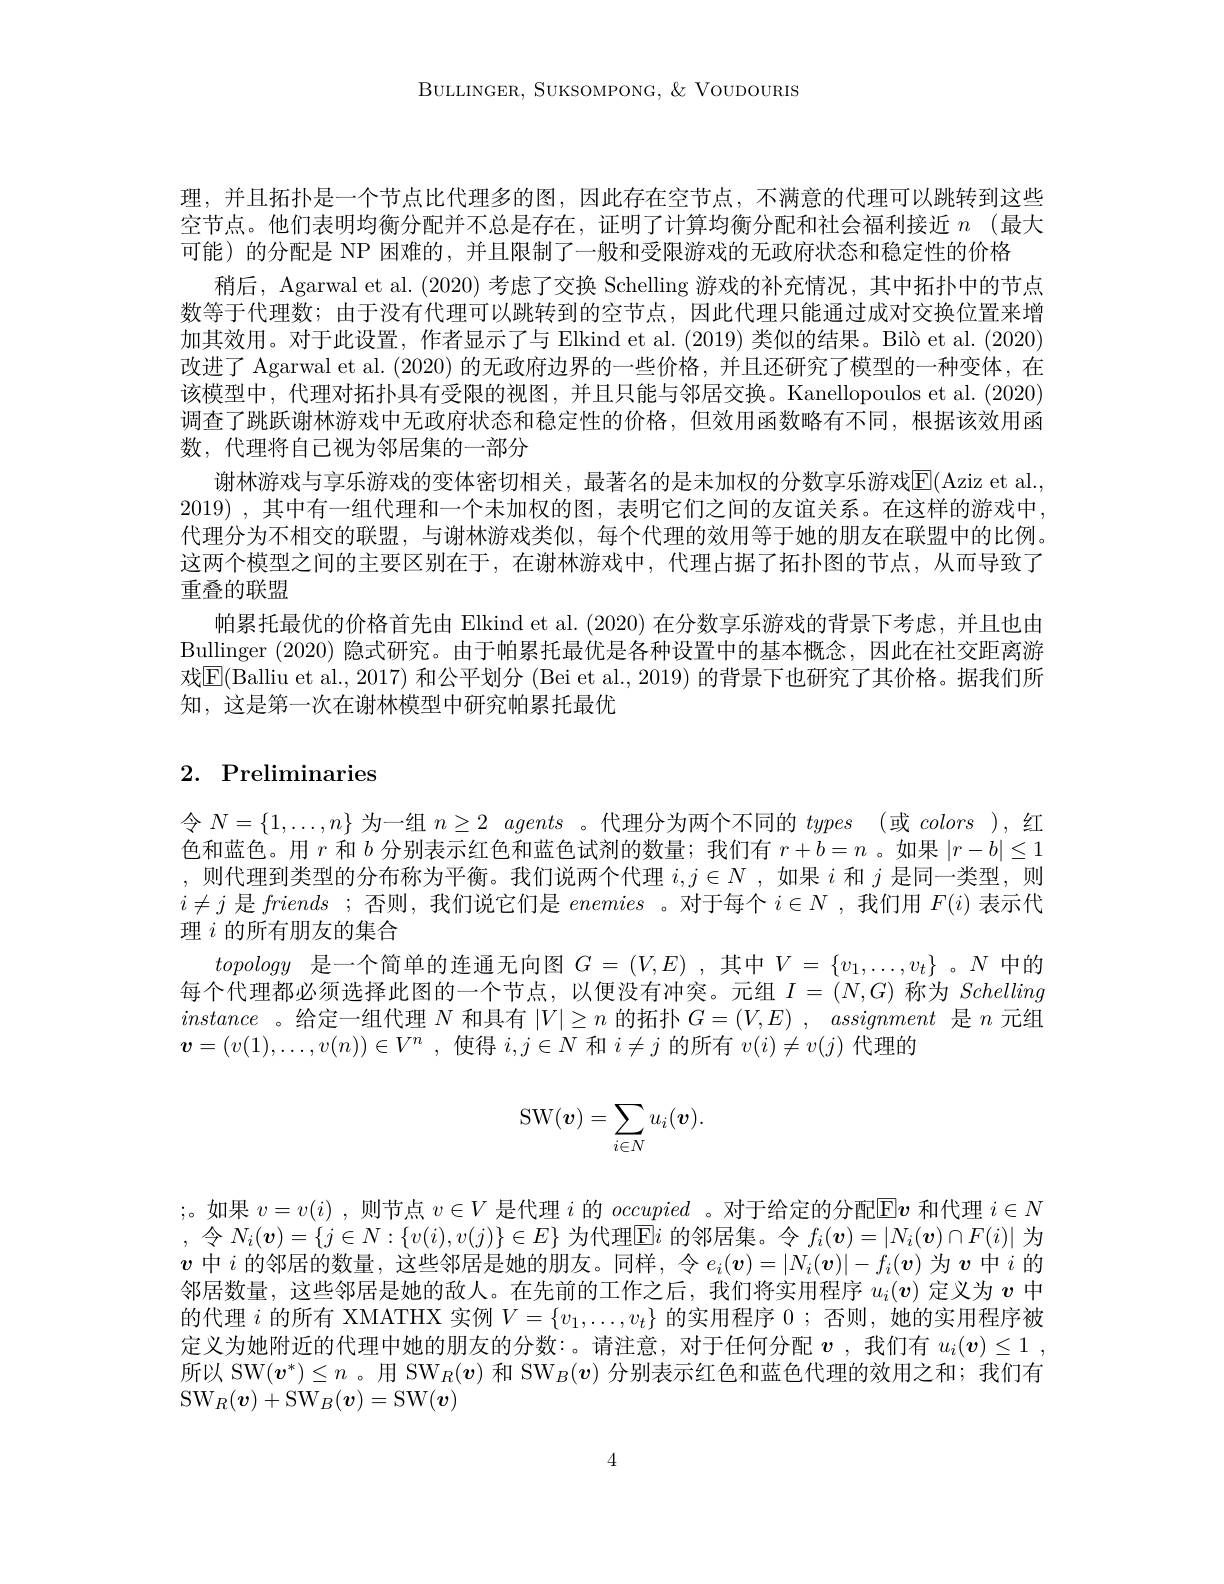
BULLINGER, SUKSOMPONG, $\&$ VoUDOURIS

理，并且拓扑是一个节点比代理多的图，因此存在空节点，不满意的代理可以跳转到这些空节点。他们表明均衡分配并不总是存在，证明了计算均衡分配和社会福利接近 $n$ (最大可能)的分配是 NP 困难的，并且限制了一般和受限游戏的无政府状态和稳定性的价格
稍后，Agarwal et al. (2020) 考虑了交换 Schelling 游戏的补充情况，其中拓扑中的节点数等于代理数；由于没有代理可以跳转到的空节点，因此代理只能通过成对交换位置来增加其效用。对于此设置，作者显示了与 Elkind et al. (2019) 类似的结果。Bilò et al. (2020) 改进了 Agarwal et al. (2020)的无政府边界的一些价格，并且还研究了模型的一种变体，在该模型中，代理对拓扑具有受限的视图，并且只能与邻居交换。Kanellopoulos et al. (2020) 调查了跳跃谢林游戏中无政府状态和稳定性的价格，但效用函数略有不同，根据该效用函数，代理将自己视为邻居集的一部分
谢林游戏与享乐游戏的变体密切相关，最著名的是未加权的分数享乐游戏$\overline{\mathrm{E}}($Aziz et al. 2019) , $其 中 有 一 组 代 理 和 一 个 未 加 权 的 图 $, $表 明 它 们 之 间 的 友 谊 关 系 。在 这 样 的 游 戏 中 $, 代理分为不相交的联盟，与谢林游戏类似，每个代理的效用等于她的朋友在联盟中的比例。这两个模型之间的主要区别在于，在谢林游戏中，代理占据了拓扑图的节点，从而导致了重叠的联盟
帕累托最优的价格首先由 Elkind et al.(2020) 在分数享乐游戏的背景下考虑，并且也由Bullinger (2020) 隐式研究。由于帕累托最优是各种设置中的基本概念，因此在社交距离游戏$\overline{\mathrm{E}}($Balliu et al., 2017) 和公平划分 (Bei et al., 2019) 的背景下也研究了其价格。据我们所知，这是第一次在谢林模型中研究帕累托最优

# 2. Preliminaries

令$N=\{1,\ldots,n\}$为一组$n\geq2$ agents 。代理分为两个不同的types (或colors ),红色和蓝色。用$r$和$b$分别表示红色和蓝色试剂的数量；我们有$r+b=n$ 。如果$|r-b|\leq1$ ,则代理到类型的分布称为平衡。我们说两个代理$i,j\in N$ ,如果$i$和$j$是同一类型，则$i\neq j$是friends ;否则，我们说它们是enemies 。对于每个$i\in N$ ,我们用$F(i)$表示代理$i$的所有朋友的集合
topology是一个简单的连通无向图$G=(V,E)$ ,其中$V=\{v_1,\ldots,v_t\}$ 。$N$中的每个代理都必须选择此图的一个节点，以便没有冲突。元组$I=(N,G)$称为Schelling instance 。给定一组代理$N$和具有$|V|\geq n$的拓扑$G= ( V, E) , \textit{ assignment 是 }n$元组$\boldsymbol{v}= ( v( 1) , \ldots , v( n) ) \in V^n$ ,使得$i,j\in N$和$i\neq j$的所有$v(i)\neq v(j)$代理的
$$\mathrm{SW}(\boldsymbol{v})=\sum_{i\in N}u_i(\boldsymbol{v}).$$
;。如果$v=v(i)$ ,则节点$v\in V$是代理$i$的occupied 。对于给定的分配$\overline{\mathrm{E}}\boldsymbol{v}$和代理$i\in N$ ,令$N_i(\boldsymbol{v})=\{j\in N:\{v(i),v(j)\}\in E\}$为代理$\overline\mathbb{E}i$的邻居集。令$f_i(\boldsymbol{v})=|N_i(\boldsymbol{v})\cap F(i)|$为$\boldsymbol{v}$中$i$的邻居的数量，这些邻居是她的朋友。同样，令$e_i(\boldsymbol{v})=|N_i(\boldsymbol{v})|-f_i(\boldsymbol{v})$为$\boldsymbol{v}$中$i$的邻居的数量，这些邻居是她的朋友。同样，令$e_i(\boldsymbol{v})=|N_i(\boldsymbol{v})|-f_i(\boldsymbol{v})$为$\boldsymbol{v}$中 的邻居数量，这些邻居是她的敌人。在先前的工作之后，我们将实用程序$u_i(v)$定义为$v$中的代理$i$的所有 XMATHX 实例$V=\{v_1,\ldots,v_t\}$的实用程序0；否则，她的实用程序被定义为她附近的代理中她的朋友的分数：。请注意，对于任何分配$v$ ,我们有$u_i( \boldsymbol{v}) \leq 1$ , 所以 SW$(v^*)\leq n$ 。用 SW$_R(\boldsymbol{v})$和 SW$_B(\boldsymbol{v})$分别表示红色和蓝色代理的效用之和；我们有$\mathrm{SW}_{R}( \boldsymbol{v}) + \mathrm{SW}_{B}( \boldsymbol{v}) =$SW$( \boldsymbol{v})$

4